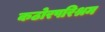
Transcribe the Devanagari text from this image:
कठोरपरिश्रम